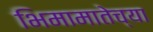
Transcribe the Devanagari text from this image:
भिमामातेच्या